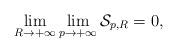
LaTeX: \begin{align*} \lim_{R\rightarrow +\infty}\lim_{p\rightarrow +\infty} \mathcal S_{p,R}=0,\end{align*}